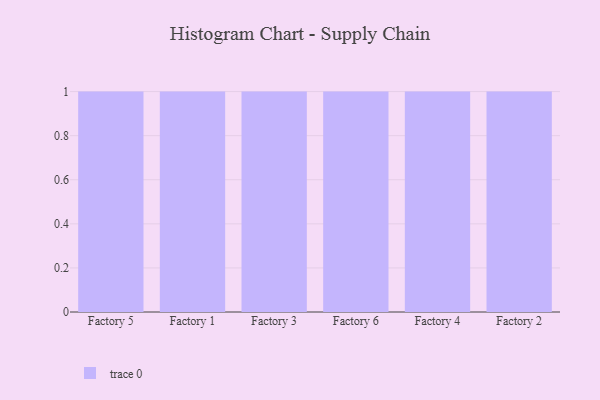
{"axis": {"x": "Factory", "y": "Latency (ms)"}, "legend": [""], "data": [{"x": "Factory 5", "y": 70, "type": ""}, {"x": "Factory 1", "y": 35, "type": ""}, {"x": "Factory 3", "y": 11, "type": ""}, {"x": "Factory 6", "y": 47, "type": ""}, {"x": "Factory 4", "y": 35, "type": ""}, {"x": "Factory 2", "y": 57, "type": ""}]}